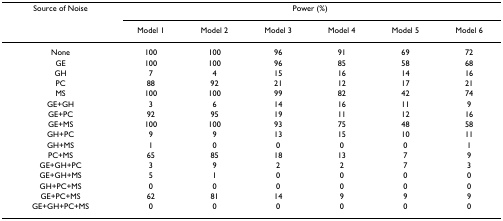
| Source of Noise | <COLSPAN=6> Power (%) |
 |  | Model 1 | Model 2 | Model 3 | Model 4 | Model 5 | Model 6 |
 | --- | --- | --- | --- | --- | --- | --- |
 | None | 100 | 100 | 96 | 91 | 69 | 72 |
 | GE | 100 | 100 | 96 | 85 | 58 | 68 |
 | GH | 7 | 4 | 15 | 16 | 14 | 16 |
 | PC | 88 | 92 | 21 | 12 | 17 | 21 |
 | MS | 100 | 100 | 99 | 82 | 42 | 74 |
 | GE+GH | 3 | 6 | 14 | 16 | 11 | 9 |
 | GE+PC | 92 | 95 | 19 | 11 | 12 | 16 |
 | GE+MS | 100 | 100 | 93 | 75 | 48 | 58 |
 | GH+PC | 9 | 9 | 13 | 15 | 10 | 11 |
 | GH+MS | 1 | 0 | 0 | 0 | 0 | 1 |
 | PC+MS | 65 | 85 | 18 | 13 | 7 | 9 |
 | GE+GH+PC | 3 | 9 | 2 | 2 | 7 | 3 |
 | GE+GH+MS | 5 | 1 | 0 | 0 | 0 | 0 |
 | GH+PC+MS | 0 | 0 | 0 | 0 | 0 | 0 |
 | GE+PC+MS | 62 | 81 | 14 | 9 | 9 | 9 |
 | GE+GH+PC+MS | 0 | 0 | 0 | 0 | 0 | 0 |